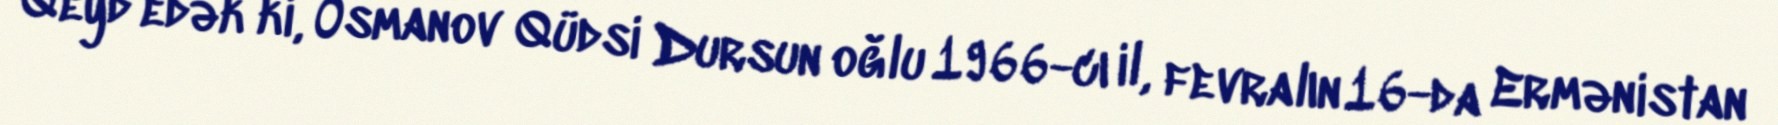
Qeyd edək ki, Osmanov Qüdsi Dursun oğlu 1966-cı il, fevralın 16-da Ermənistan